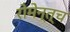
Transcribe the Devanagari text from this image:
रोमेन्त्च